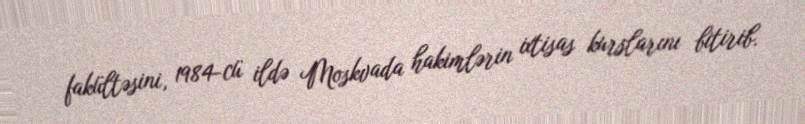
fakültəsini, 1984-cü ildə Moskvada hakimlərin ixtisas kurslarını bitirib.